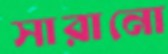
সারানো